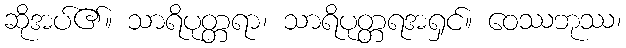
ဆိုအပ်၏။ သာရိပုတ္တရာ၊ သာရိပုတ္တရအရှင်။ ဝေဿဘုဿ၊